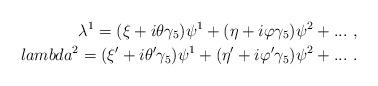
LaTeX: \begin{align*}\lambda^1 = (\xi + i \theta \gamma_5) \psi^1 + (\eta + i \varphi \gamma_5) \psi^2 + ...\ , \\lambda^2 = (\xi' + i \theta' \gamma_5) \psi^1 + (\eta' + i \varphi' \gamma_5) \psi^2 + ...\ . \end{align*}